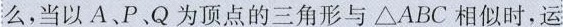
么，当以A、P、Q为顶点的三角形与\Delta ABC相似时，运